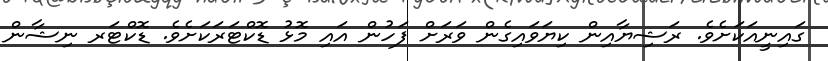
ގައިނީއަކަށެވެ. ރަޝިޔާއިން ކިޔަވައިގެން ވަރަށް ފަހުން އައި މޮޅު ޑޮކްޓަރަކަށެވެ. ޑޮކްޓަރ ނިޝާން